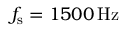
f _ { \mathrm { s } } = 1 5 0 0 \, \mathrm { { H z } }